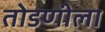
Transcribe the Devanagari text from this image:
तोडणीला